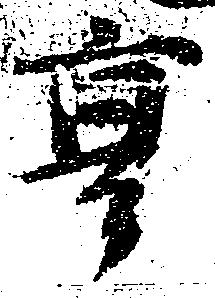
亨